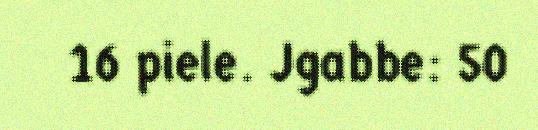
16 piele. Jgabbe: 50